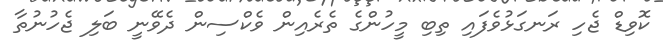
ކޮވިޑް ޖެހި ރަނގަޅުވެފައި ތިބި މީހުންގެ ތެރެއިން ވެކްސިން ދެވޭނީ ބަލި ޖެހުނުތާ